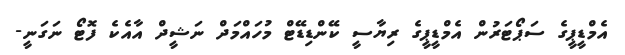
އެމްޑީޕީގެ ސަޕޯޓަރުން އެމްޑީޕީގެ ރިޔާސީ ކޭންޑިޑޭޓް މުހައްމަދް ނަޝީދް އާއެކެ ފޮޓޯ ނަގަނީ-